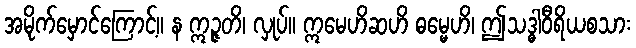
အမိုက်မှောင်ကြောင့်။ န ဣဉ္ဇတိ၊ လှုပ်။ ဣမေဟိဆဟိ ဓမ္မေဟိ၊ ဤသဒ္ဓါဝီရိယစသား